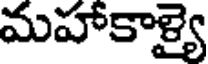
మహాకాళ్యై